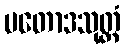
ပတောဒသုတ္တံ